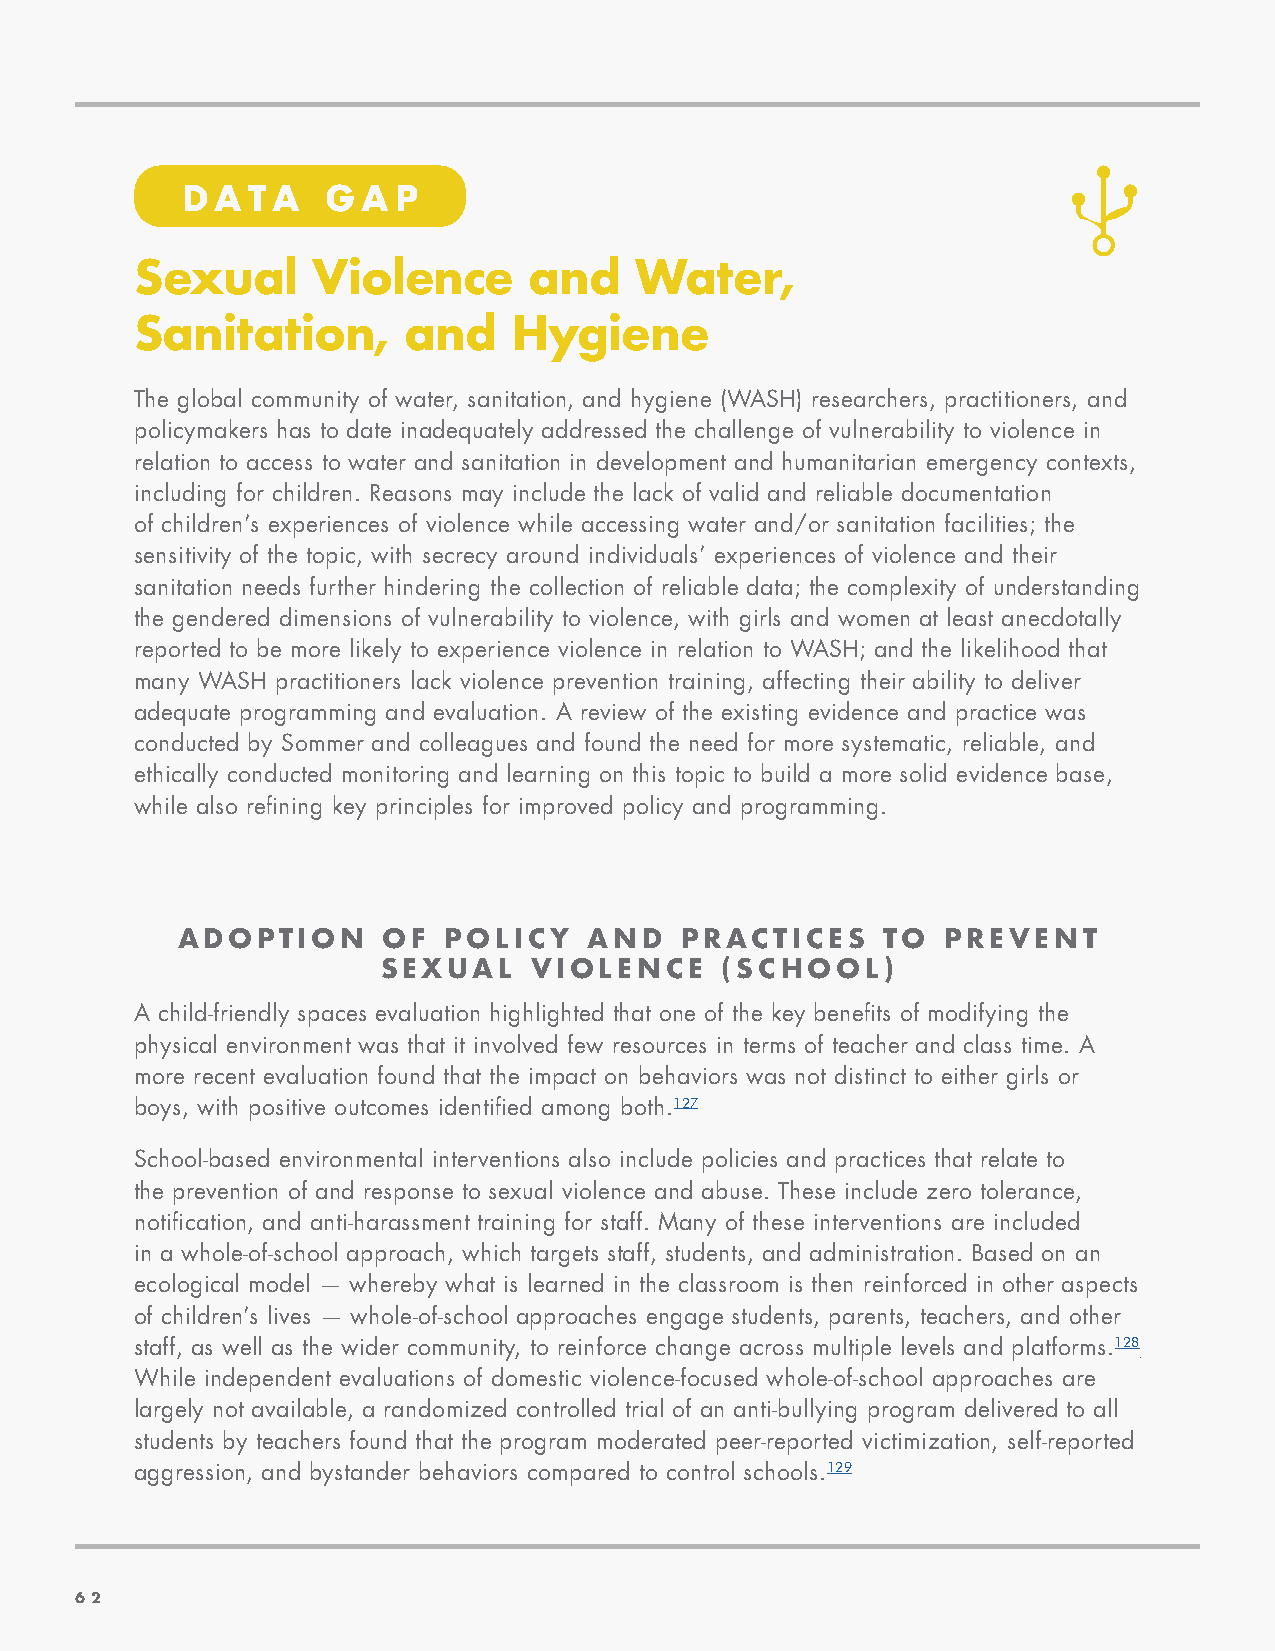
DATA     GA   P
 Sexual      Violence      and    Water,
 Sanitation,       and    Hygiene
 The global community of water, sanitation, and hygiene (WASH) researchers, practitioners, and
 policymakers has to date inadequately addressed the challenge of vulnerability to violence in
 relation to access to water and sanitation in development and humanitarian emergency contexts,
 including for children. Reasons may include the lack of valid and reliable documentation
 of children’s experiences of violence while accessing water and/or sanitation facilities; the
 sensitivity of the topic, with secrecy around individuals’ experiences of violence and their
 sanitation needs further hindering the collection of reliable data; the complexity of understanding
 the gendered dimensions of vulnerability to violence, with girls and women at least anecdotally
 reported to be more likely to experience violence in relation to WASH; and the likelihood that
 many WASH practitioners lack violence prevention training, affecting their ability to deliver
 adequate programming and evaluation. A review of the existing evidence and practice was
 conducted by Sommer and colleagues and found the need for more systematic, reliable, and
 ethically conducted monitoring and learning on this topic to build a more solid evidence base,
 while also refining key principles for improved policy and programming.
 ADOPTION     OF  POLICY    AND   PRACTICES     TO  PREVENT
 SEXUAL    VIOLENCE     (SCHOOL)
 A child-friendly spaces evaluation highlighted that one of the key benefits of modifying the
 physical environment was that it involved few resources in terms of teacher and class time. A
 more recent evaluation found that the impact on behaviors was not distinct to either girls or
 boys, with positive outcomes identified among both.127
 School-based environmental interventions also include policies and practices that relate to
 the prevention of and response to sexual violence and abuse. These include zero tolerance,
 notification, and anti-harassment training for staff. Many of these interventions are included
 in a whole-of-school approach, which targets staff, students, and administration. Based on an
 ecological model — whereby what is learned in the classroom is then reinforced in other aspects
 of children’s lives — whole-of-school approaches engage students, parents, teachers, and other
 staff, as well as the wider community, to reinforce change across multiple levels and platforms.128
 While independent evaluations of domestic violence-focused whole-of-school approaches are
 largely not available, a randomized controlled trial of an anti-bullying program delivered to all
 students by teachers found that the program moderated peer-reported victimization, self-reported
 aggression, and bystander behaviors compared to control schools.129
 6622